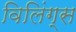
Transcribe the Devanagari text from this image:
विलिंग्स